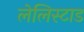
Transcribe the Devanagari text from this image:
लेलिस्टाड